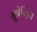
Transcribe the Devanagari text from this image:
मूत्रेन्द्रिय